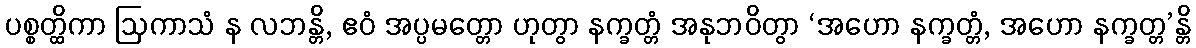
ပစ္စတ္ထိကာ ဩကာသံ န လဘန္တိ, ဧဝံ အပ္ပမတ္တော ဟုတွာ နက္ခတ္တံ အနုဘဝိတွာ ‘အဟော နက္ခတ္တံ, အဟော နက္ခတ္တ’န္တိ